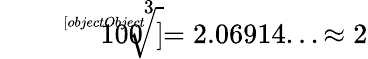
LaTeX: {\sqrt[[objectObject]]{100}}^{3}=2.06914...\approx 2